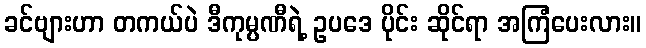
ခင်ဗျားဟာ တကယ်ပဲ ဒီကုမ္ပဏီရဲ့ ဥပဒေ ပိုင်း ဆိုင်ရာ အကြံပေးလား။